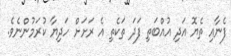
ފެނާއި ތެޔޮ އަދި އުއްބަތި ފަދަ ތަކެތި އެ ރަށަށް ހަދިޔާ ކުރަމުންނެވެ.